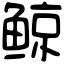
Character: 鲸